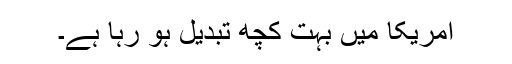
امریکا میں بہت کچھ تبدیل ہو رہا ہے۔